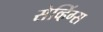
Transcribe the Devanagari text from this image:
सेव्हिंग्स